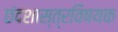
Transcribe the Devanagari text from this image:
छंदशास्त्रविषयक